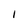
Character: I